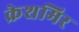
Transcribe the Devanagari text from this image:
क्रेशमिर